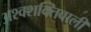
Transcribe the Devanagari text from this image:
अश्वशक्तिवाली